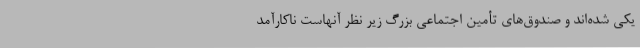
یکی شده‌اند و صندوق‌های تأمین اجتماعی بزرگ زیر نظر آنهاست ناکارآمد